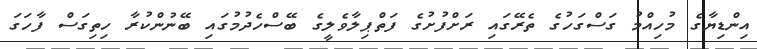
އިންޑިޔާގެ މުހިއްމު ގަސްގަހުގެ ތެރޭގައި ރަށްފުށުގެ ފަތްޕިލާވެލީގެ ބޭސްހެދުމުގައި ބޭނުންކުރާ ހިތިގަސް ފާހަގަ